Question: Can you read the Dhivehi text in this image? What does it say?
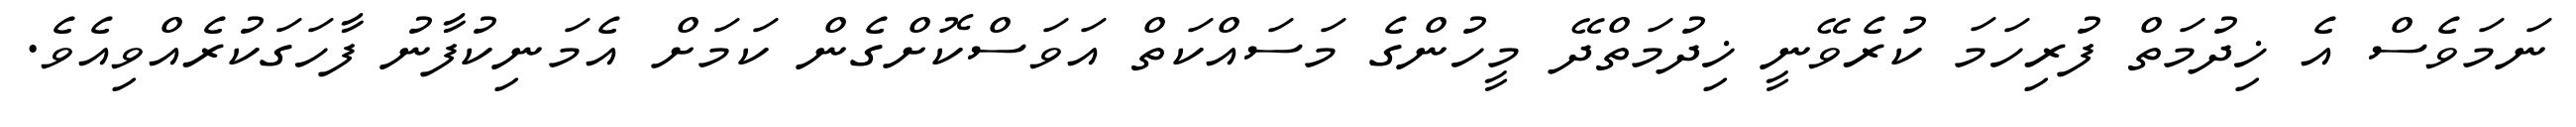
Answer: ނަމަވެސް އެ ޚިދުމަތް ފުރިހަމަ ކުރެވޭނީ ޚިދުމަތްދޭ މީހުންގެ މަސައްކަތް އަވަސްކޮށްގެން ކަމަށް އެމަނިކުފާނު ފާހަގަކުރެއްވިއެވެ.